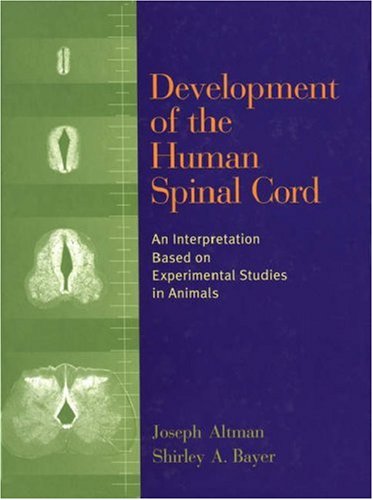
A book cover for Development of the Human Spinal Cord: An Interpretation Based on Experimental Studies in Animals; Joseph Altman; Medical Books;